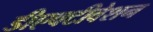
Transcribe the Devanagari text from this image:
डीएक्टीवेशन